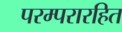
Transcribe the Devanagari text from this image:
परम्परारहित